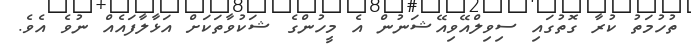
ތުހުމަތު ކުރާ ގޮތުގައި ސިވިލްއޭވިއޭޝަނުން އެ މީހުންގެ ޝަކުވާތަކަށް އަޅާލާފައެއް ނުވެ އެވެ.